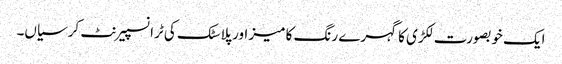
ایک خوبصورت لکڑی کا گہرے رنگ کا میز اور پلاسٹک کی ٹرانسپیرنٹ کرسیاں۔